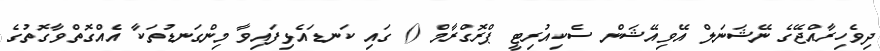
ދިވެހިރާއްޖޭގެ ނޭޝަނަލް އޭވިއޭޝަން ސެކިއުރިޓީ ޕްރޮގްރާމް () ގައި ކަނޑައެޅިފައިވާ މިންގަނޑުތަކާ އެއްގޮތްވާގޮތުގެ